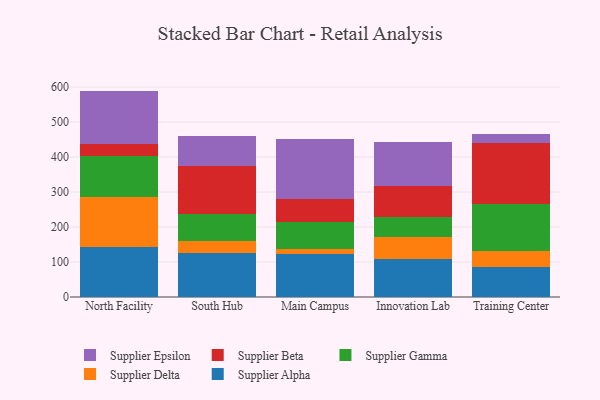
{"axis": {"x": "Campus", "y": "Customer Acquisition Cost (USD)"}, "legend": ["Supplier Alpha", "Supplier Beta", "Supplier Delta", "Supplier Epsilon", "Supplier Gamma"], "data": [{"x": "North Facility", "y": 142.3, "type": "Supplier Alpha"}, {"x": "North Facility", "y": 144.2, "type": "Supplier Delta"}, {"x": "North Facility", "y": 115.9, "type": "Supplier Gamma"}, {"x": "North Facility", "y": 34.3, "type": "Supplier Beta"}, {"x": "North Facility", "y": 152.4, "type": "Supplier Epsilon"}, {"x": "South Hub", "y": 126.5, "type": "Supplier Alpha"}, {"x": "South Hub", "y": 34.6, "type": "Supplier Delta"}, {"x": "South Hub", "y": 77.2, "type": "Supplier Gamma"}, {"x": "South Hub", "y": 136.5, "type": "Supplier Beta"}, {"x": "South Hub", "y": 86.1, "type": "Supplier Epsilon"}, {"x": "Main Campus", "y": 122.7, "type": "Supplier Alpha"}, {"x": "Main Campus", "y": 14.6, "type": "Supplier Delta"}, {"x": "Main Campus", "y": 78.1, "type": "Supplier Gamma"}, {"x": "Main Campus", "y": 63.9, "type": "Supplier Beta"}, {"x": "Main Campus", "y": 173.4, "type": "Supplier Epsilon"}, {"x": "Innovation Lab", "y": 109.9, "type": "Supplier Alpha"}, {"x": "Innovation Lab", "y": 60.2, "type": "Supplier Delta"}, {"x": "Innovation Lab", "y": 59.4, "type": "Supplier Gamma"}, {"x": "Innovation Lab", "y": 86.7, "type": "Supplier Beta"}, {"x": "Innovation Lab", "y": 127.2, "type": "Supplier Epsilon"}, {"x": "Training Center", "y": 84.5, "type": "Supplier Alpha"}, {"x": "Training Center", "y": 46.4, "type": "Supplier Delta"}, {"x": "Training Center", "y": 135.7, "type": "Supplier Gamma"}, {"x": "Training Center", "y": 172.6, "type": "Supplier Beta"}, {"x": "Training Center", "y": 27.9, "type": "Supplier Epsilon"}]}